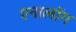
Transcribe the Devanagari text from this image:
एनालोंग